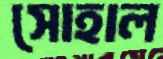
সোহাল